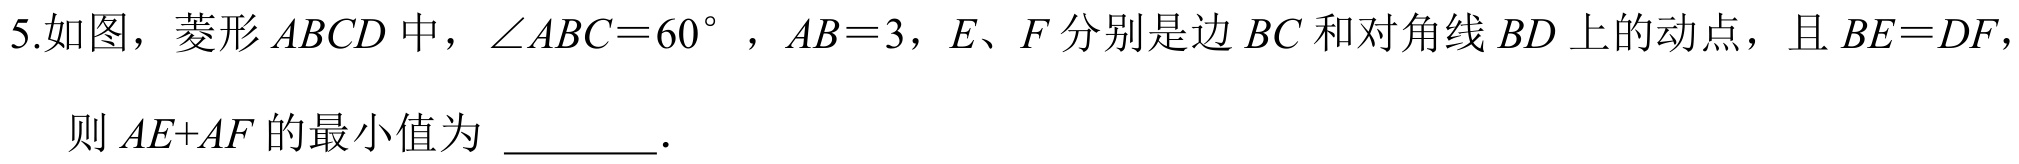
5.如图，菱形\(ABCD\)中，\(\angle ABC = 60^{\circ}\)，\(AB = 3\)，\(E、F\)分别是边\(BC\)和对角线\(BD\)上的动点，且\(BE = DF\)，
则\(AE + AF\)的最小值为  ．